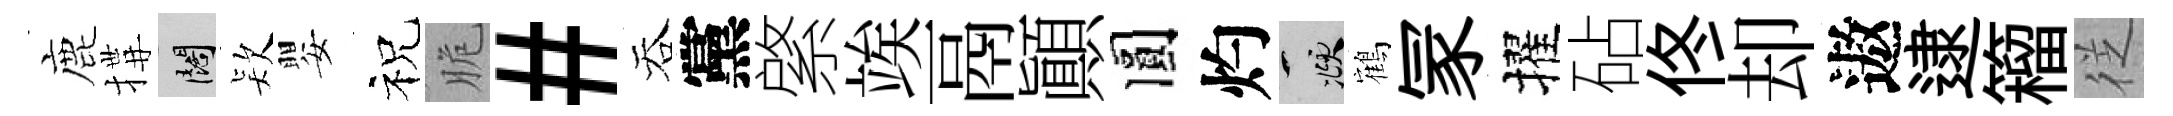
鹿搆闊𣣇嬰祝脆#吞黨綮竢鬲顚圓灼頫鶴冡擢砧佟却遨逮籕徔